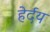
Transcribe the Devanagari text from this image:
हेर्दय